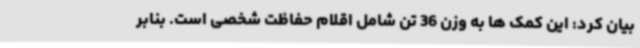
بیان کرد: این کمک ها به وزن 36 تن شامل اقلام حفاظت شخصی است. بنابر